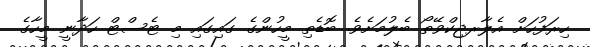
ހިރަފުހަށް އެލާރޖިކްވޭތޯ ބެލުމަށެވެ. ބޮޑެތި މީހުންގެ ގައިގައި މި ޓެސްޓް ހަދާނީ މީހާގެ